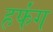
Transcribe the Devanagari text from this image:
हर्फंग